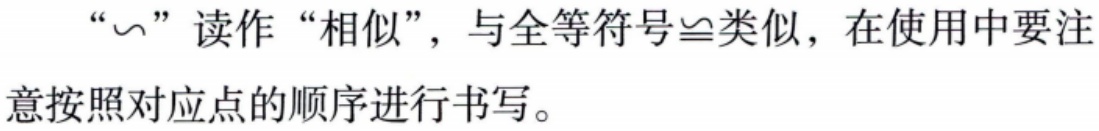
“\(\sim\)”读作“相似”，与全等符号\(\cong\)类似，在使用中要注意按照对应点的顺序进行书写。